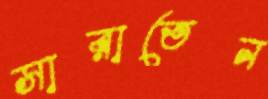
সারাতেন